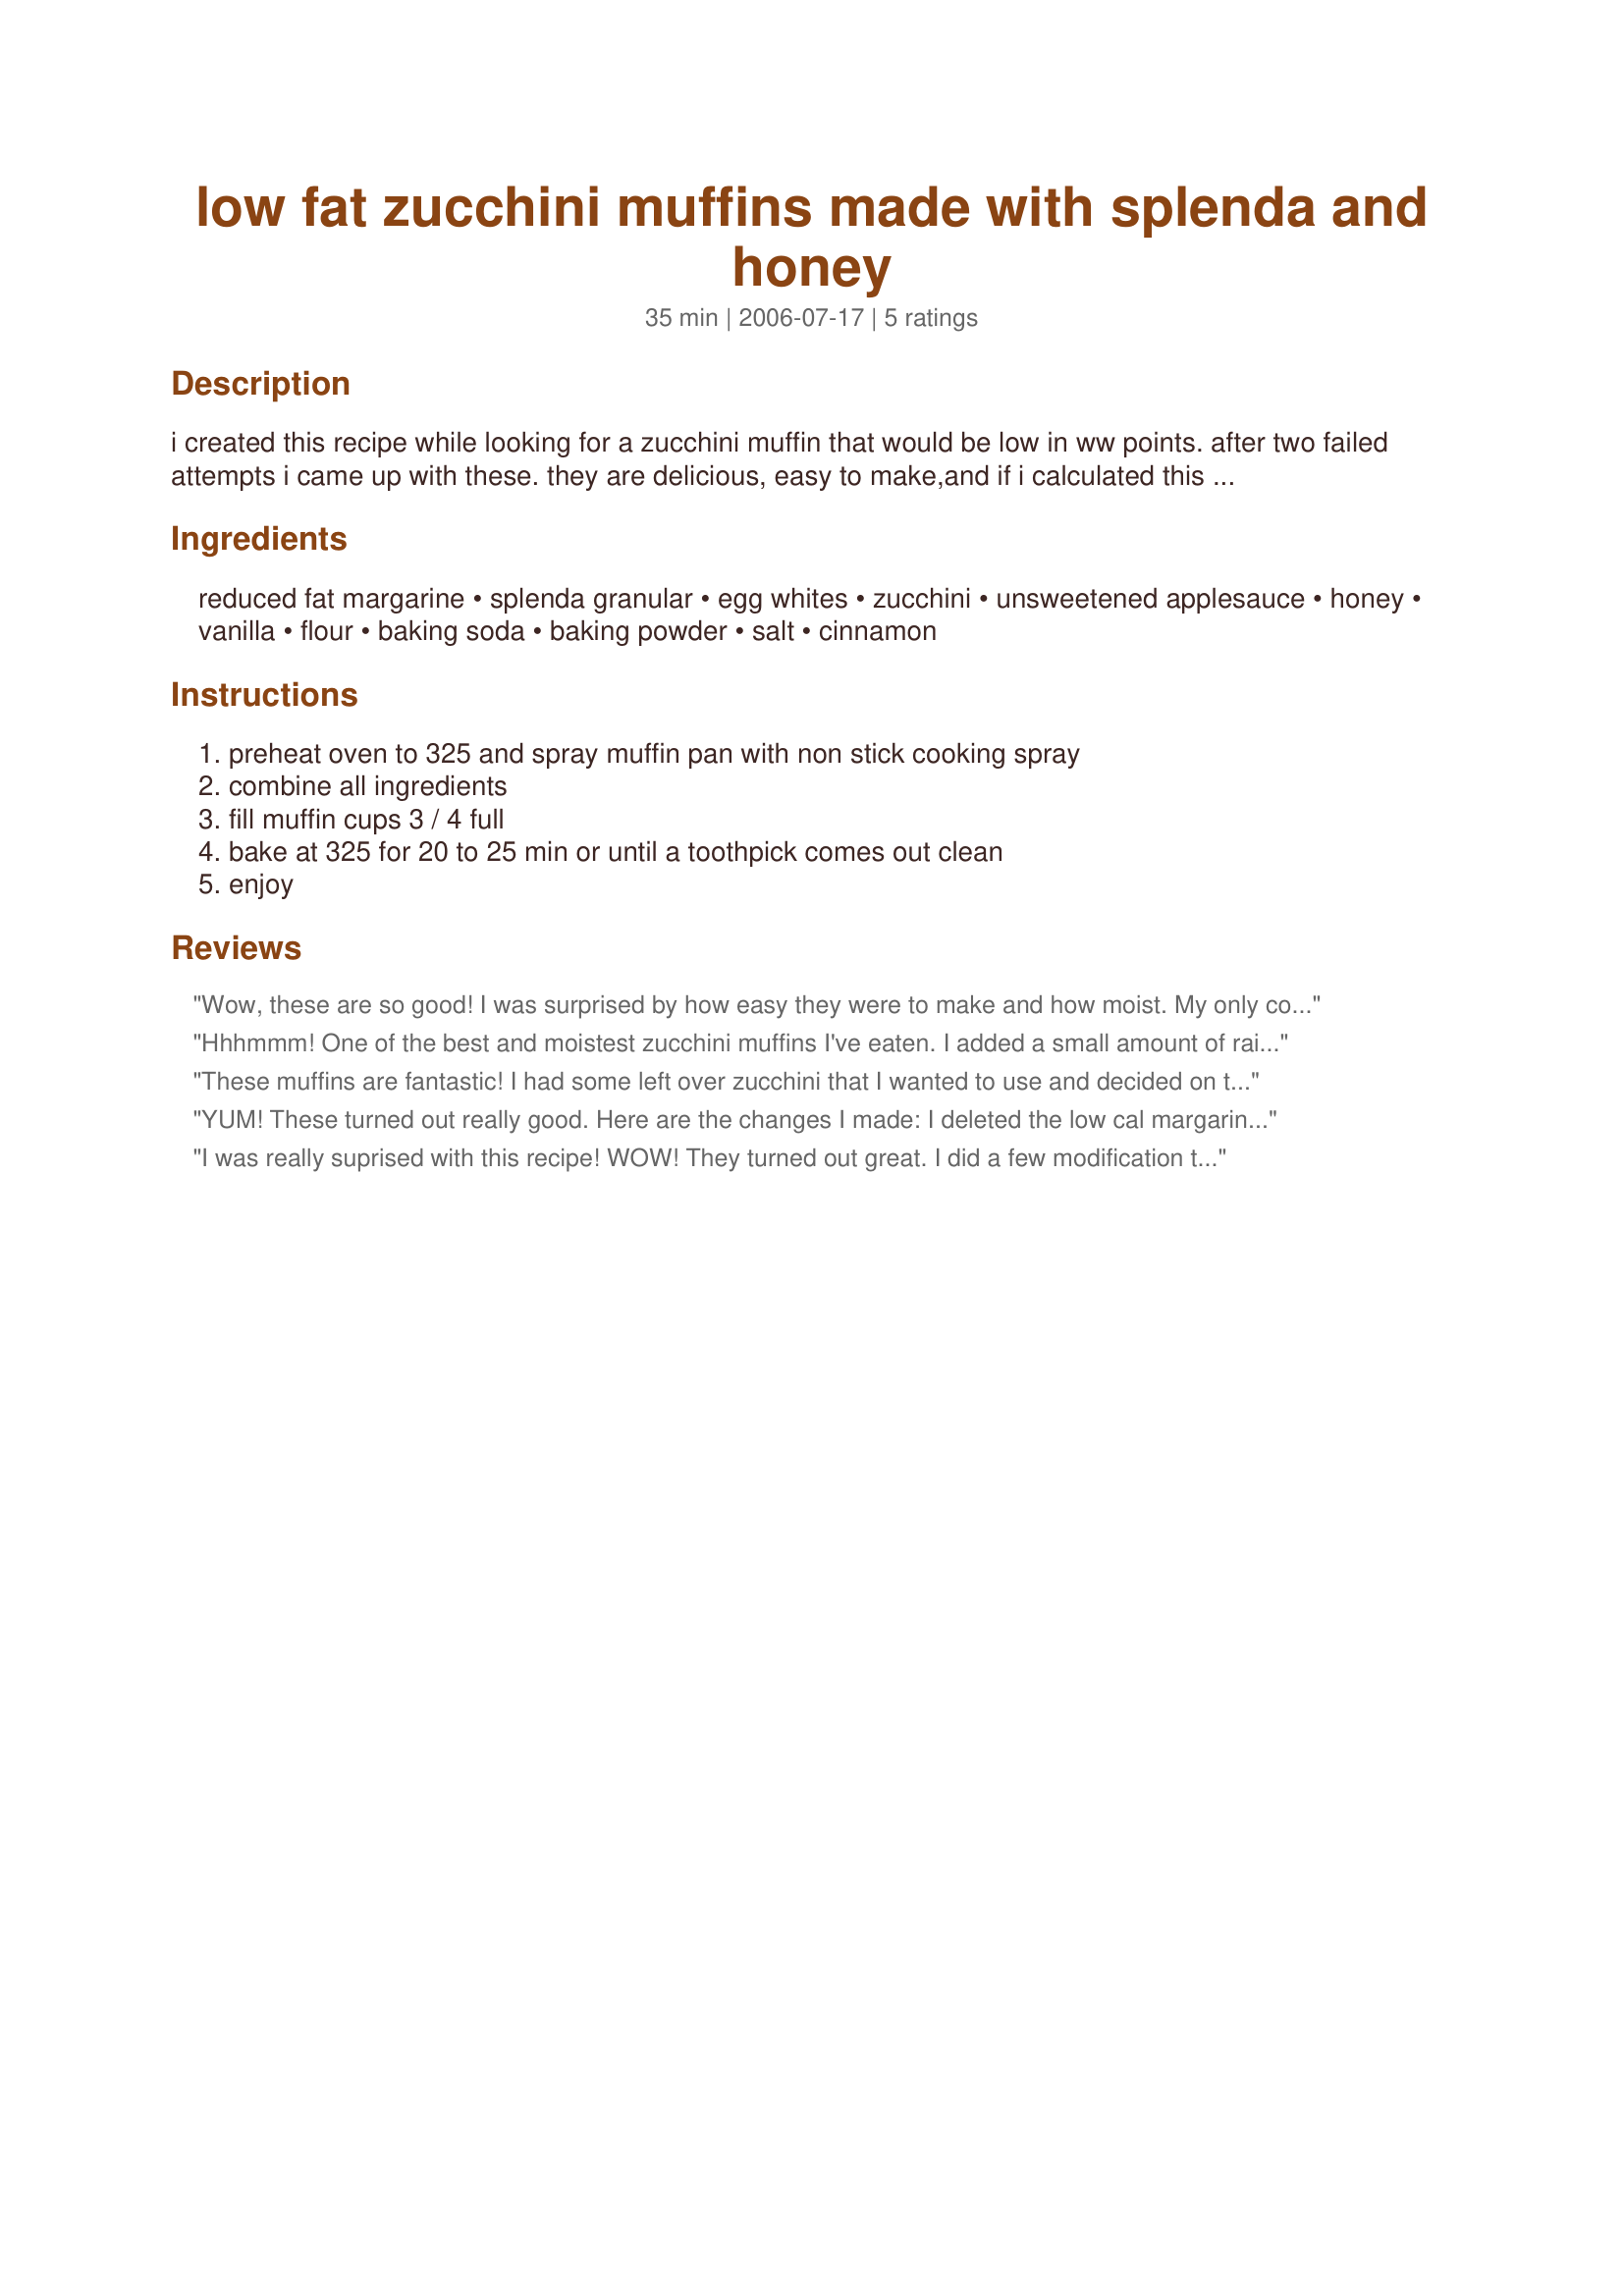
low fat zucchini muffins made with splenda and honey
Preparation time: 35 minutes

i created this recipe while looking for a zucchini muffin that would be low in ww points. after two failed attempts i came up with these. they are delicious, easy to make,and if i calculated this correctly they are 2 pts each. nobody will know these are low fat or low sugar. if you wanted to make these more nutritious you could probably use 1/2 wheat flour.

Ingredients:
reduced fat margarine, splenda granular, egg whites, zucchini, unsweetened applesauce, honey, vanilla, flour, baking soda, baking powder, salt, cinnamon

Steps:
preheat oven to 325 and spray muffin pan with non stick cooking spray, combine all ingredients, fill muffin cups 3 / 4 full, bake at 325 for 20 to 25 min or until a toothpick comes out clean, enjoy

Reviews:
Wow, these are so good! I was surprised by how easy they were to make and how moist. My only comment would be to add some raisins and or nuts because they are lacking texture. Also be careful about your choice of ingredients, as you can really reduce the low fat and and health benefits on this recipe depending upon what type of honey, applesauce, butter, etc. that you use.
Hhhmmm! One of the best and moistest zucchini muffins I've eaten. I added a small amount of raisins and pecans for a nice surprise for my husband. He liked them too and he's a picky eater.
These muffins are fantastic! I had some left over zucchini that I wanted to use and decided on this recipe because of the low fat and calorie count. Was skeptical about how they would turn out but was absolutely surprised at how great they are. I substituted whole wheat flour for some extra fiber and used sweet N low (appx.1 tbls. but would try 3/4tbls next time as they were a tad sweet for my taste) because that is what I had at the house. Turned out phenomenal and I will make these again! Great flavor, moist, and delicious!
YUM! These turned out really good. Here are the changes I made: I deleted the low cal margarine completely and used whole wheat flour instead of white. I added 1/2 cup shredded carrot , 2 TB flax seed and 1/2 chopped walnuts. Finally substituted agave syrup for honey as the agave has a low glycemic index for my husbands diabetes. I will make these often. SO GOOD and satisfying.
I was really suprised with this recipe! WOW! They turned out great. I did a few modification to satisfy the boyfriend. I follow the recipe to the tee with the following few changes. Since we are both very avid cyclist, he needed a little more substance to them. I subbed the white flour for whole wheat flour, added 1/4 golden raisins, a very small hand full of chopped walnuts, and 2 1/2 tbsp. of mini chocolate chips. Of course, my additions probably added a little more fat (not much) but well worth it in taste. Thank you!
